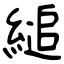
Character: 縋